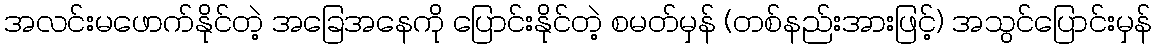
အလင်းမဖောက်နိုင်တဲ့ အခြေအနေကို ပြောင်းနိုင်တဲ့ စမတ်မှန် (တစ်နည်းအားဖြင့်) အသွင်ပြောင်းမှန်